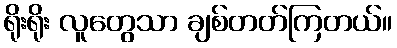
ရိုးရိုး လူတွေသာ ချစ်တတ်ကြတယ်။